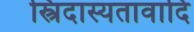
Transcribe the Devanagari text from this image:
स्त्रिदास्यतावादि